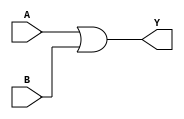
module two_variable_kmap (
    input wire A,  // Input variable A
    input wire B,  // Input variable B
    output wire Y  // Output variable Y
);

// K-map implementation
// The output Y is derived from the K-map based on the truth table.
// For example, let's assume the K-map is filled as follows:
// Cell (0,0) -> 0 (A=0, B=0)
// Cell (0,1) -> 1 (A=0, B=1)
// Cell (1,0) -> 1 (A=1, B=0)
// Cell (1,1) -> 1 (A=1, B=1)
// This corresponds to the expression: Y = B + A

assign Y = (A | B); // Simplified Boolean expression from the K-map

endmodule